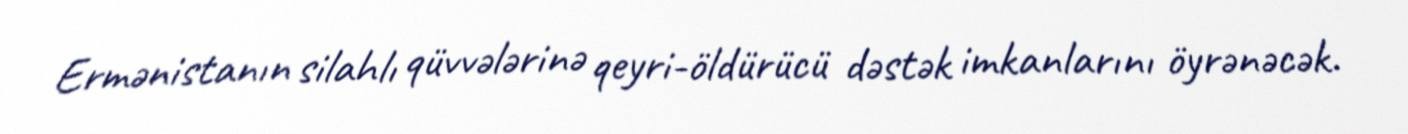
Ermənistanın silahlı qüvvələrinə qeyri-öldürücü dəstək imkanlarını öyrənəcək.